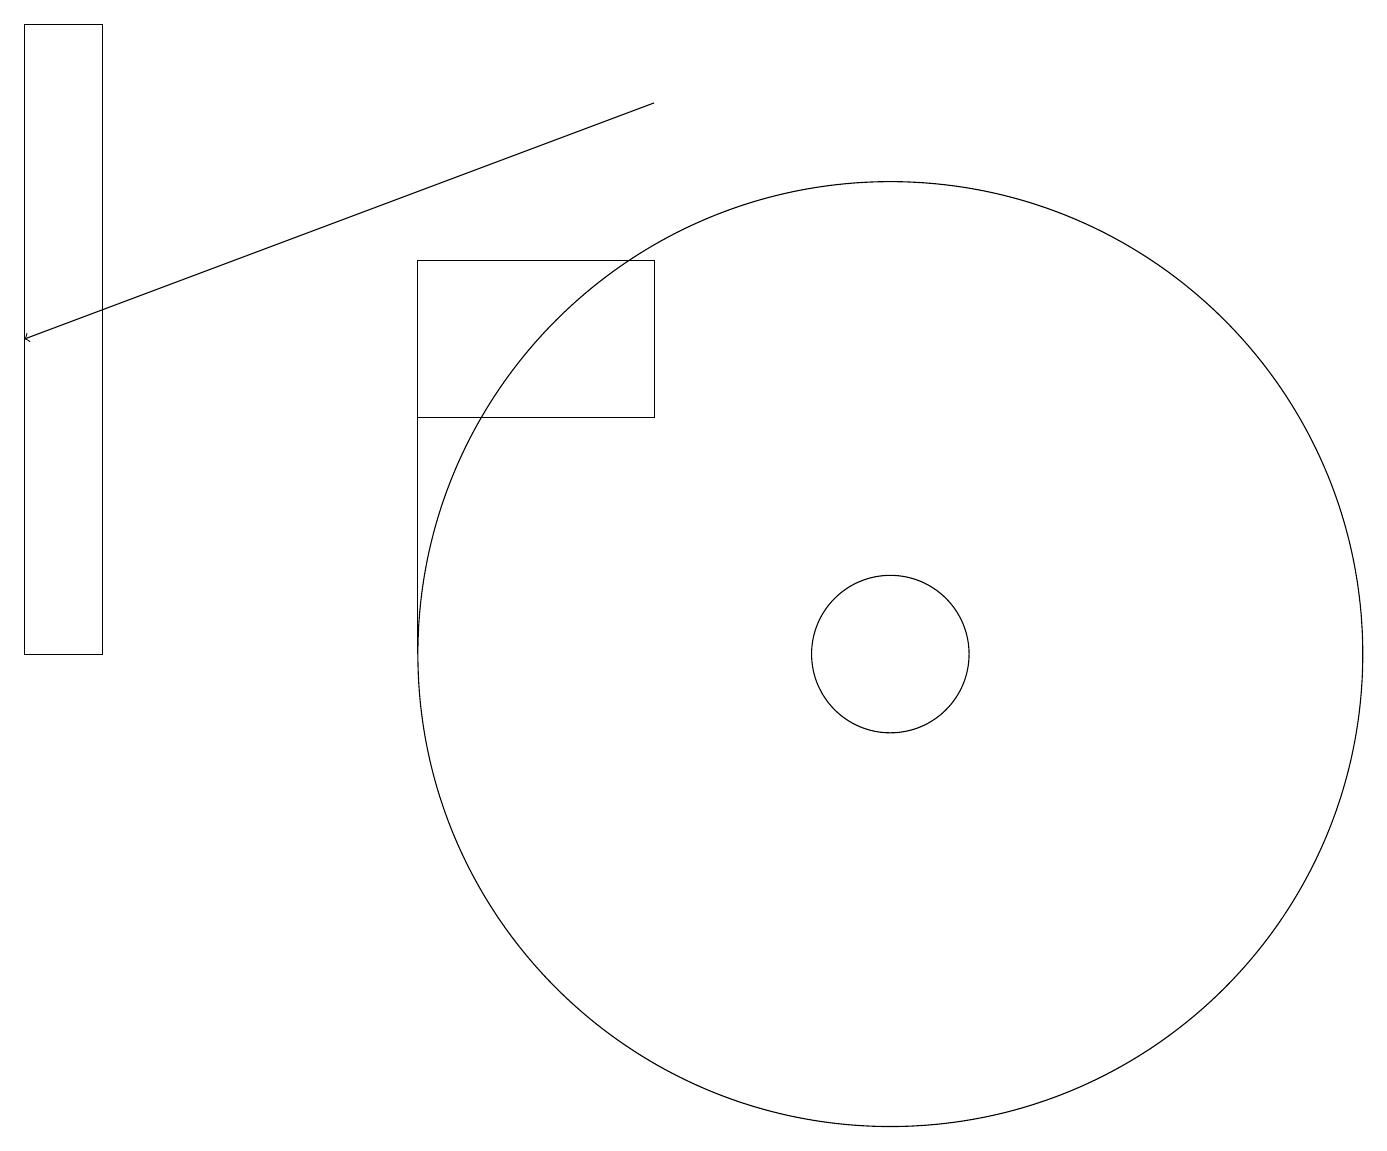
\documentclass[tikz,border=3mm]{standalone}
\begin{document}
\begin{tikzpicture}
\draw[->] (9,18) -- (1,15);
\draw (12,11) circle (6);
\draw (6,11) rectangle (6,15);
\draw (2,11) rectangle (1,19);
\draw (6,16) rectangle (9,14);
\draw (12,11) circle (1);
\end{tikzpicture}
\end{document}